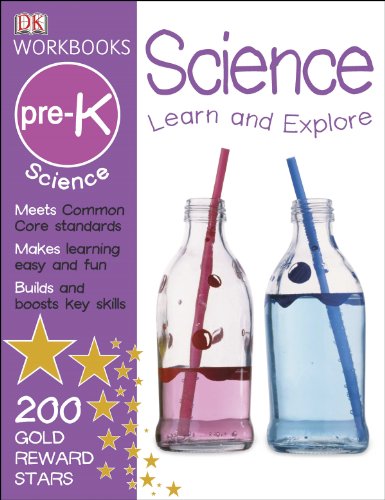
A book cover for DK Workbooks: Science, Pre-K; DK Publishing; Children's Books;